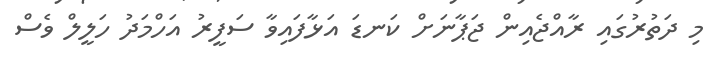
މި ދަތުރުގައި ރާއްޖެއިން ޖަޕާނަށް ކަނޑަ އަޅާފައިވާ ސަފީރު އަހްމަދު ހަލީލް ވެސް